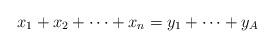
LaTeX: \begin{align*} x_1+x_2+\cdots +x_n=y_1+\cdots +y_A \end{align*}